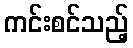
ကင်းစင်သည့်